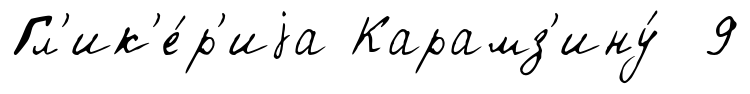
Гл'ик'е́р'иjа Карамз'ину́ 9